Leaving Certificate Examination (including Day School Certificate (Higher) General paper), 1930
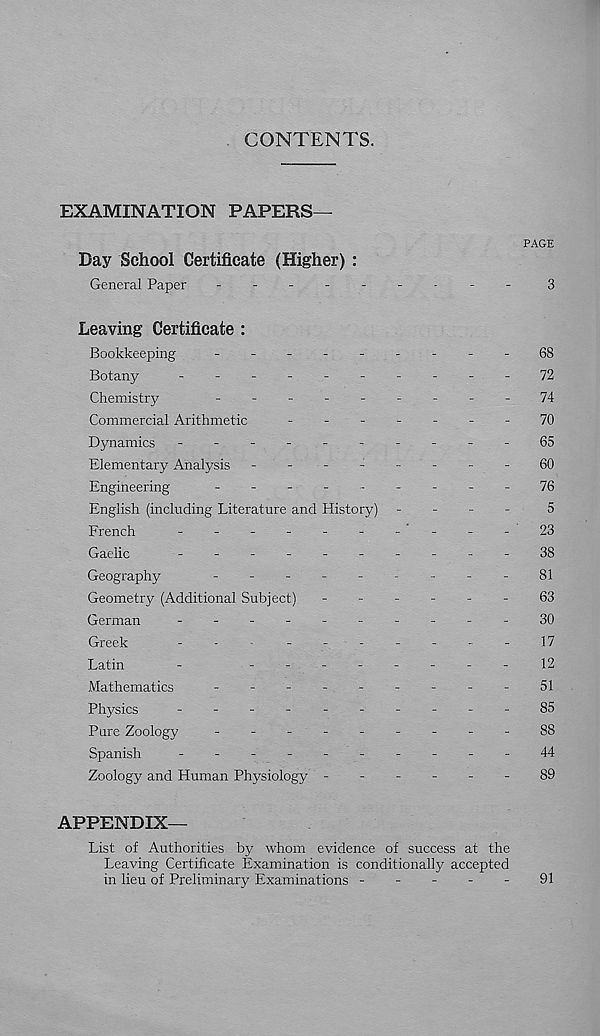
CONTENTS.
EXAMINATION PAPERS—
PAGE
Day School Certificate (Higher) :
General Paper
-
--
--
--
--
3
Leaving Certificate :
Bookkeeping
-
--
--
--
--68
Botany
----------
72
Chemistry
74
Commercial Arithmetic
-
--
--
--70
Dynamics -
--
--
--
--
-65
Elementary Analysis -
- ■ -
-
-
-
-
-
60
Engineering
---------
76
English (including Literature and History) -
-
-
-
5
French
-
--
--
--
--
-23
Gaelic
-
38
Geography
_________
81
Geometry (Additional Subject) ------
63
German
-
--
--
--
--
-30
Greek
-
-
-------
17
Latin
-
-------
-
12
Mathematics
-
-
-
-
-
-
-
-
-
51
Physics
-
--
-.-----85
Pure Zoology
-
--
--
--
--88
Spanish
-
--
--
--
--
-44
Zoology and Human Physiology ------
89
APPENDIX—
List of Authorities by whom evidence of success at the
Leaving Certificate Examination is conditionally accepted
in lieu of Preliminary Examinations -----
91